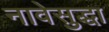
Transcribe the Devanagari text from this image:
नावेसुद्धा